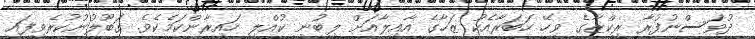
ދުވަސްނުފުރާ ރިކްޒާގެ ވިހޭ ހަބަރާއެކު ޒަހާގެ އާއިލާއަށް ލިބުނީ ކުއްލި ހައިރާންކަމެކެވެ. ގަބޫލުނުކުރެވިފައި